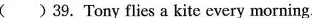
( )39.Tony flies a kite every morning.